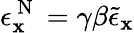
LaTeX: \epsilon_{\mathbf{x}}^{\mathrm{{~N~}}}=\gamma\beta\tilde{{\epsilon}}_{\mathbf{x}}